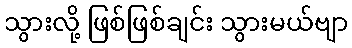
သွားလို့ ဖြစ်ဖြစ်ချင်း သွားမယ်ဗျာ